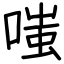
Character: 嗤